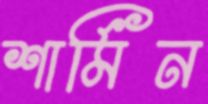
শার্মিন